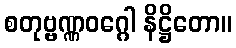
စတုဗ္ဗဏ္ဏဝဂ္ဂေါ နိဋ္ဌိတော။